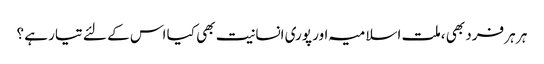
ہر ہر فرد بھی ،ملت اسلامیہ اور پوری انسانیت بھی کیا اس کے لئے تیار ہے ؟